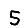
Digit: 5